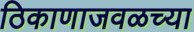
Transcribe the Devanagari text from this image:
ठिकाणाजवळच्या